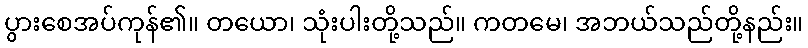
ပွားစေအပ်ကုန်၏။ တယော၊ သုံးပါးတို့သည်။ ကတမေ၊ အဘယ်သည်တို့နည်း။